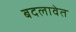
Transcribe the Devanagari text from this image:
बदलावेत